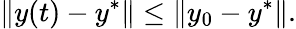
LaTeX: \| y(t)-y^{*}\| \leq\| y_{0}-y^{*}\| .